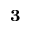
^ \mathbf { 3 }